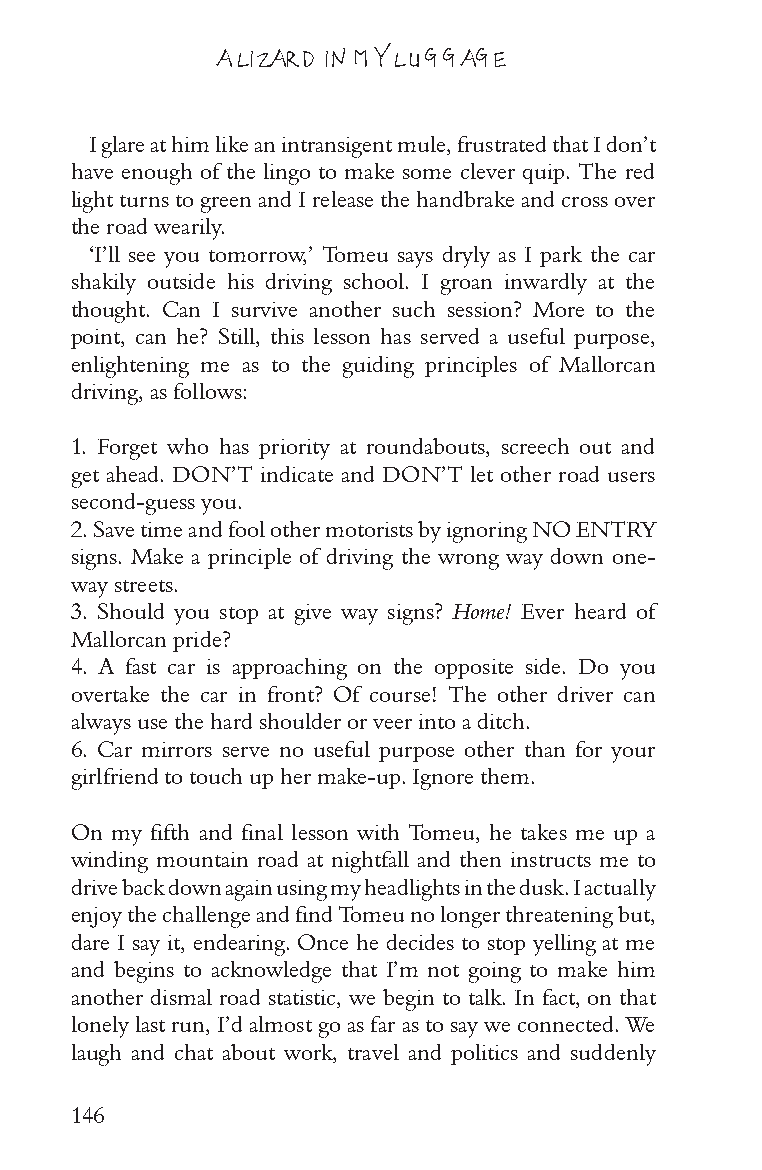
A LIZARD IN MY LUGGAGE
 I glare at him like an intransigent mule, frustrated that I don’t
 have enough of the lingo to make some clever quip. The red
 light turns to green and I release the handbrake and cross over
 the road wearily.
 ‘I’ll see you tomorrow,’ Tomeu says dryly as I park the car
 shakily outside his driving school. I groan inwardly at the
 thought. Can I survive another such session? More to the
 point, can he? Still, this lesson has served a useful purpose,
 enlightening me as to the guiding principles of Mallorcan
 driving, as follows:
 1. Forget who has priority at roundabouts, screech out and
 get ahead. DON’T indicate and DON’T let other road users
 second-guess you.
 2. Save time and fool other motorists by ignoring NO ENTRY
 signs. Make a principle of driving the wrong way down one-
 way streets.
 3. Should you stop at give way signs? Home! Ever heard of
 Mallorcan pride?
 4. A fast car is approaching on the opposite side. Do you
 overtake the car in front? Of course! The other driver can
 always use the hard shoulder or veer into a ditch.
 6. Car mirrors serve no useful purpose other than for your
 girlfriend to touch up her make-up. Ignore them.
 On my fifth and final lesson with Tomeu, he takes me up a
 winding mountain road at nightfall and then instructs me to
 drive back down again using my headlights in the dusk. I actually
 enjoy the challenge and find Tomeu no longer threatening but,
 dare I say it, endearing. Once he decides to stop yelling at me
 and begins to acknowledge that I’m not going to make him
 another dismal road statistic, we begin to talk. In fact, on that
 lonely last run, I’d almost go as far as to say we connected. We
 laugh and chat about work, travel and politics and suddenly
 146